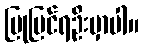
ပြုပြင်ရဦးမှာပါ။